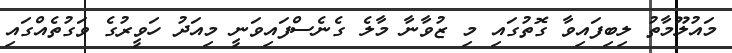
މައުލޫމާތު ލިބިފައިވާ ގޮތުގައި މި ޒުވާނާ މާލެ ގެނެސްފައިވަނީ މިއަދު ހަވީރުގެ ވަގުތެއްގައި